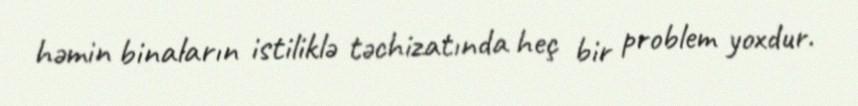
həmin binaların istiliklə təchizatında heç bir problem yoxdur.